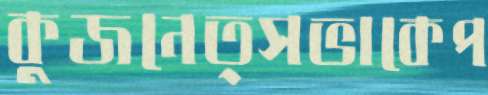
কুজনেত্সভাকেপ